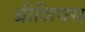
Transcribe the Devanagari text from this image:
ग्रीशियस